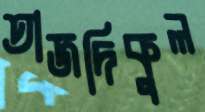
তাজদিকুল